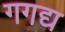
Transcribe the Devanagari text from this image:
गगद्य